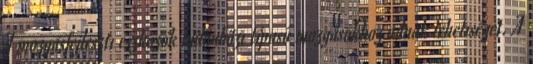
A mozgásfejlesztı eszközök különbözı típusú mozgásokhoz adnak lehetıséget. A